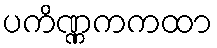
ပကိဏ္ဏကကထာ